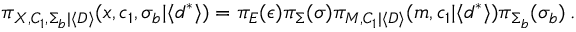
\pi _ { \boldsymbol { X } , C _ { 1 } , \Sigma _ { b } | \langle \boldsymbol { D } \rangle } ( \boldsymbol { x } , c _ { 1 } , \sigma _ { b } | \langle \boldsymbol { d } ^ { * } \rangle ) = \pi _ { E } ( \epsilon ) \pi _ { \Sigma } ( \sigma ) \pi _ { M , C _ { 1 } | \langle \boldsymbol { D } \rangle } ( m , c _ { 1 } | \langle \boldsymbol { d } ^ { * } \rangle ) \pi _ { \Sigma _ { b } } ( \sigma _ { b } ) \, .